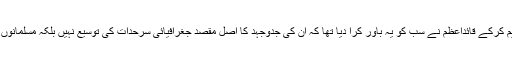
کیبنٹ مشن پلان کو تسلیم کرکے قائداعظم نے سب کو یہ باور کرا دیا تھا کہ ان کی جدوجہد کا اصل مقصد جغرافیائی سرحدات کی توسیع نہیں بلکہ مسلمانوں کے حقوق کا تحفظ ہے۔